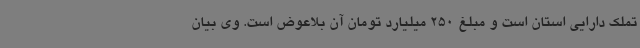
تملک دارایی استان است و مبلغ 250 میلیارد تومان آن بلاعوض است. وی بیان